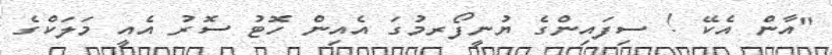
"އާން އެކޭ ! ސިފައިންގެ ޔުނީފޯރމުގަ އެއިން ހޮޓު ސޮރު އެއީ މަލަކްގެ